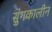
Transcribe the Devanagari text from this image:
सुंगकालीन